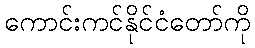
ကောင်းကင်နိုင်ငံတော်ကို